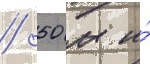
/ 50 м и́